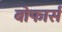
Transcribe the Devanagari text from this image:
बोफार्स